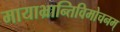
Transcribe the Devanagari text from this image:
मायाभ्रान्तिविमोचनम्